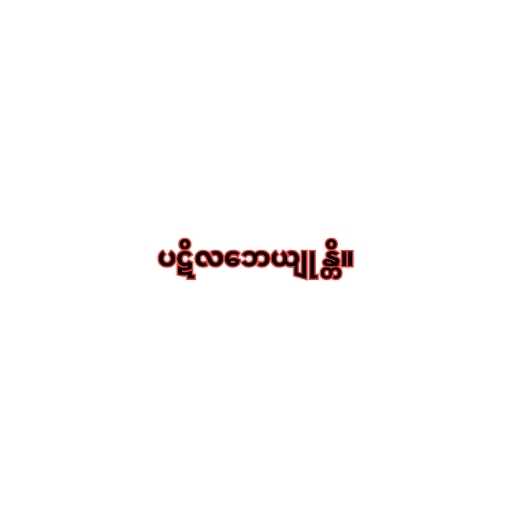
ပဋိလဘေယျုန္တိ။